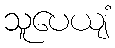
သူပေယျံ